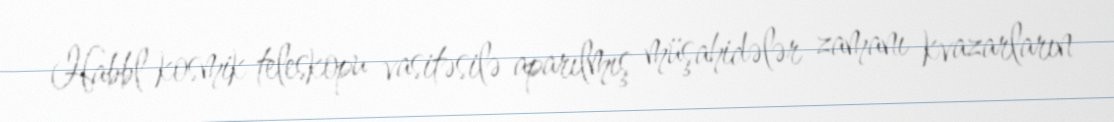
Habbl kosmik teleskopu vasitəsilə aparılmış müşahidələr zamanı kvazarların